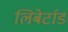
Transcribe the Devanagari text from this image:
लिबेर्टाड